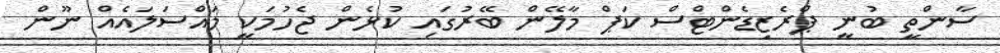
ސާންތީ ބުނީ ޕްރެޒިޑެންޓްސް ކަޕް މާލޭން ބޭރުގައި ކުޅެން ޖެހުމަކީ މައްސަލައެއް ނޫން